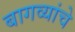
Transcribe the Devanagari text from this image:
बागव्यांचे